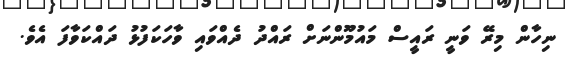
ނިހާން މިރޭ ވަނީ ރައީސް މައުމޫންނަށް ރައްދު ދެއްވައި ވާހަކަފުޅު ދައްކަވާފަ އެވެ.